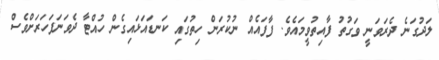
ލަދުގަނެ ދެރަވަނީ ވަގުތު ފާއިތުވީމައެވެ. ފާފައެއް ނުކުރަން ހިތުގައި ކަނޑައަޅައިގެން ހުއްޓާ ދެވަނަފަހަރަށްވެސް